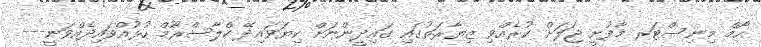
ހޯމް މިނިސްޓަރ މާފުށީ ޖަލަށް ކުރެއްވި ޒިޔާރަތުގައި ގައިދީންނަށް ކިޔަވައިދޭ ކްލާސްރޫމް ހުޅުއްވައިދެއްވަނީ---